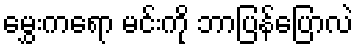
မွှေးကရော မင်းကို ဘာပြန်ပြောလဲ